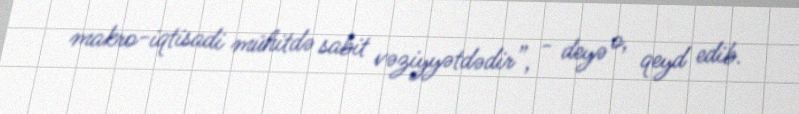
makro-iqtisadi mühitdə sabit vəziyyətdədir”, - deyə o, qeyd edib.